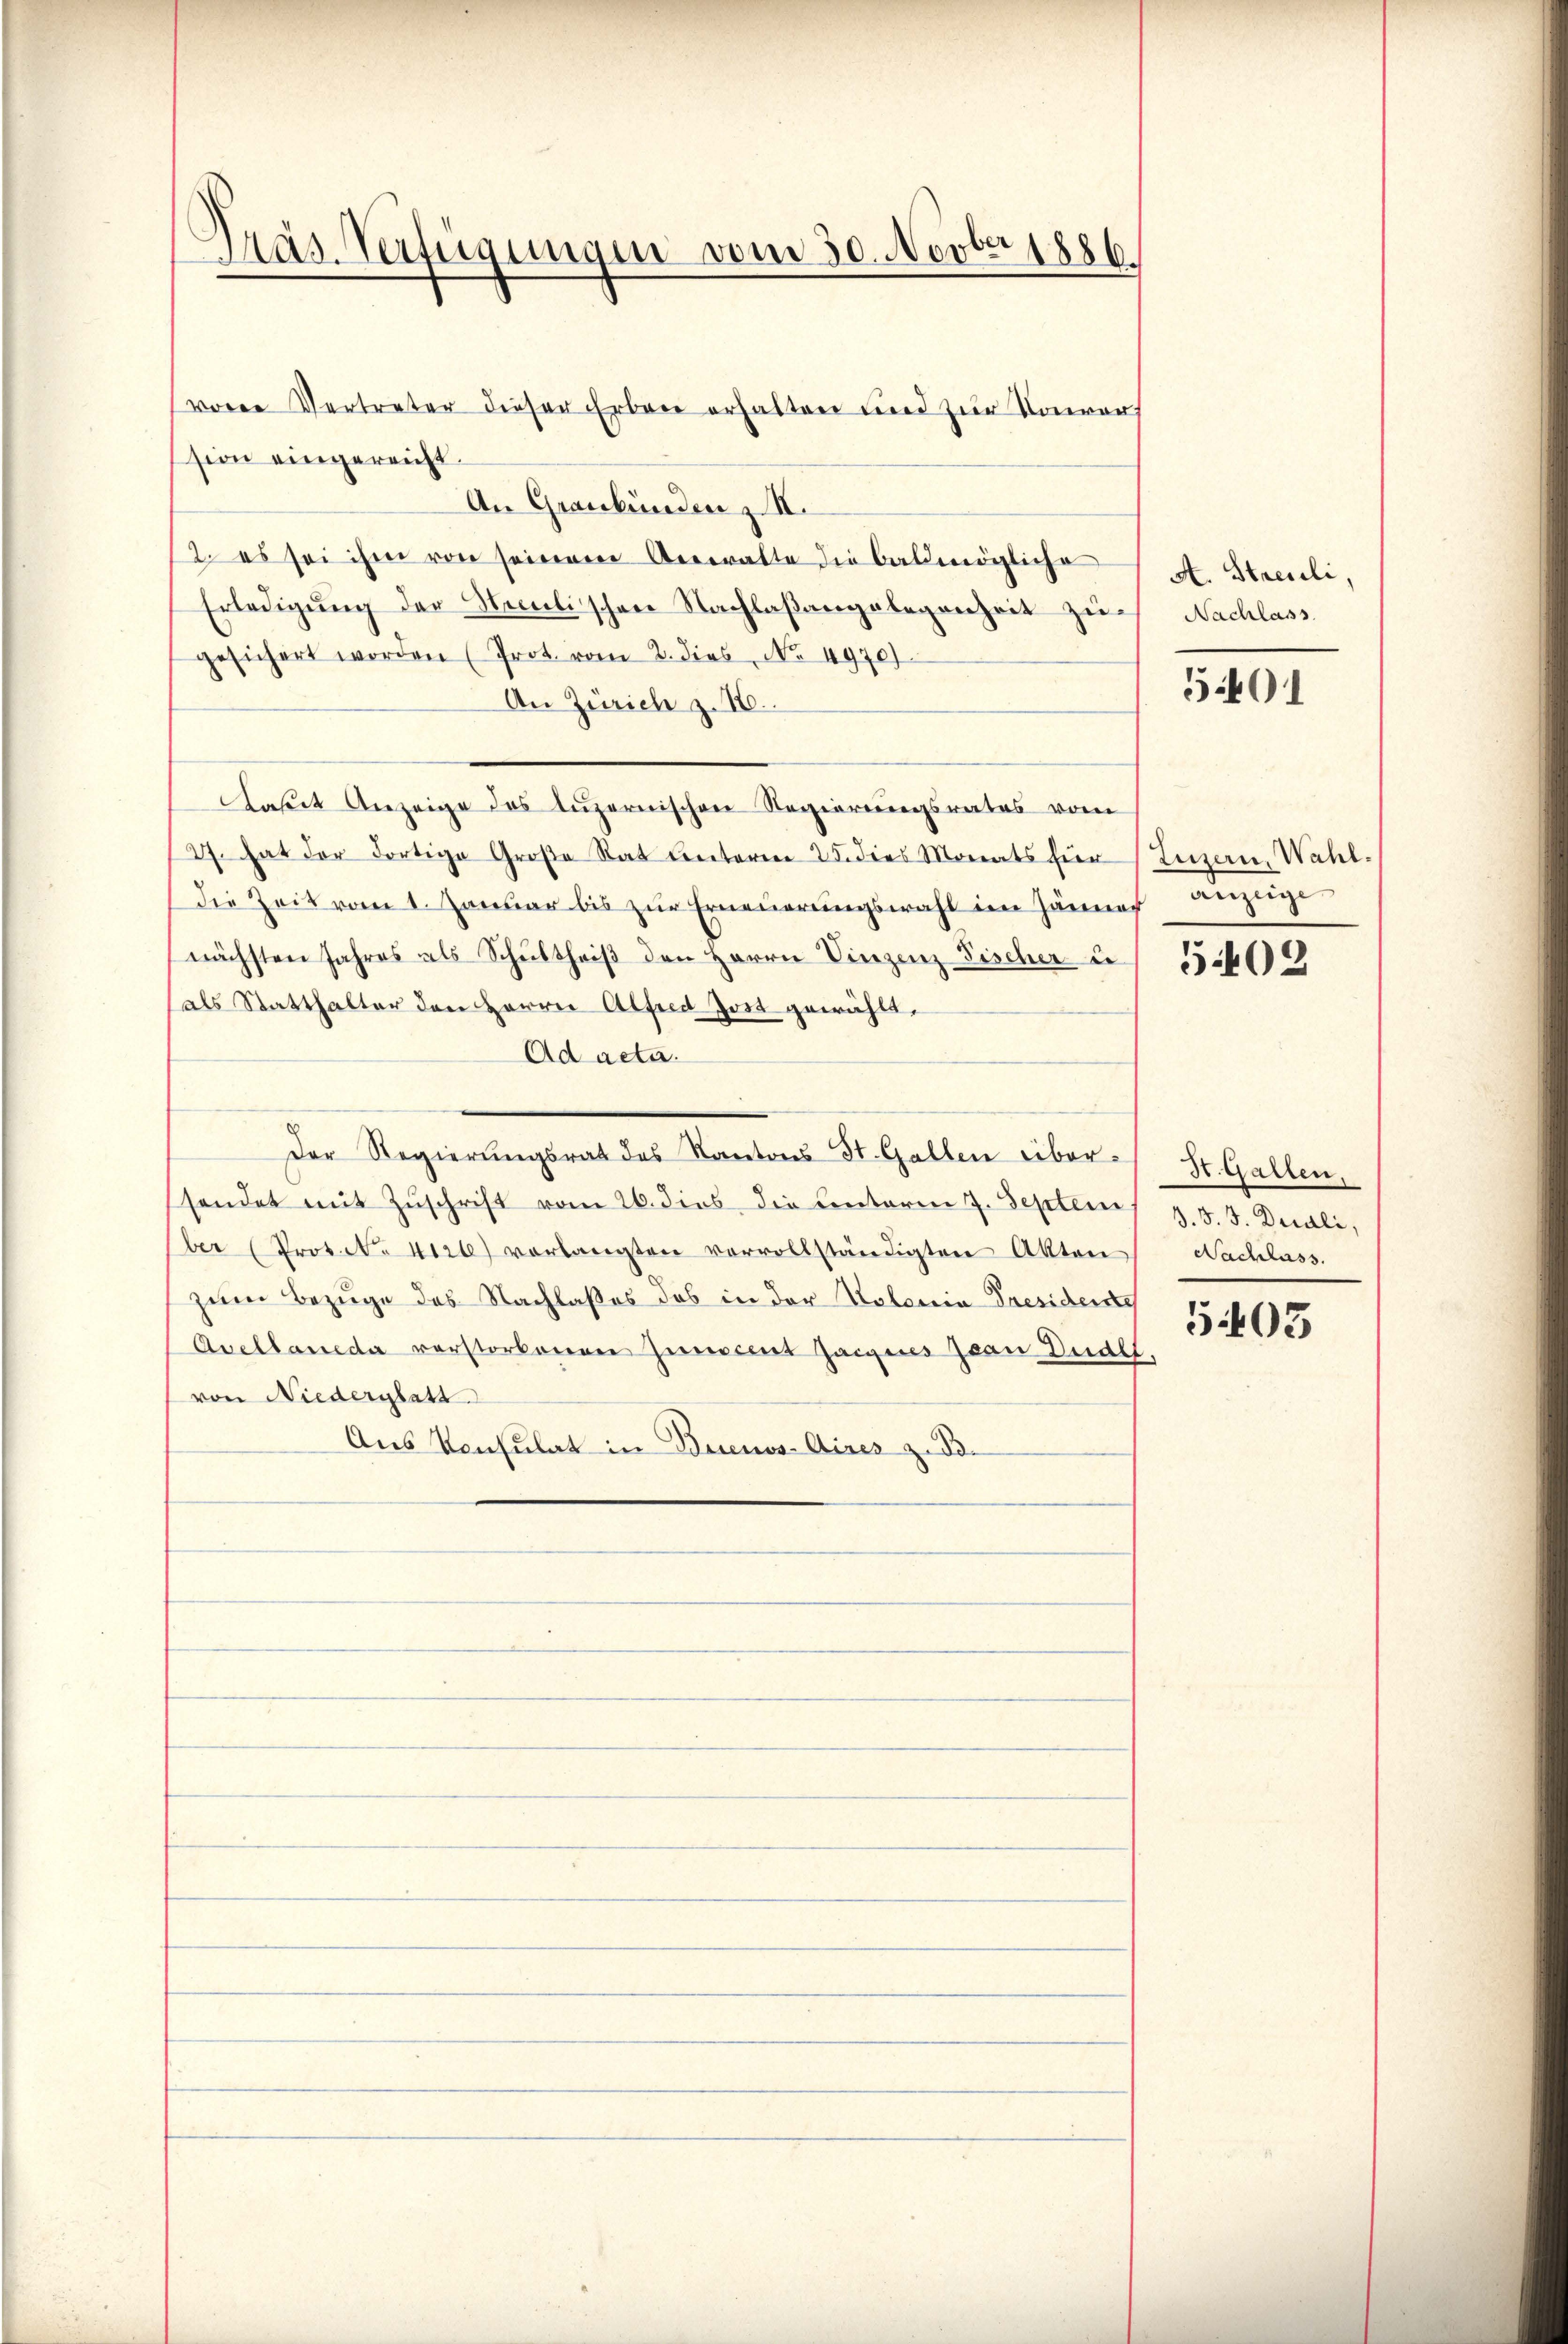
Präs. Verfügungen vom 30. Novber 1886.

sion eingereicht.
An Graubünden z II.
2. es sei ihm von seinem Antratte die baldmögliche
Erledigŭng der Seelischen Nachlaßangelegenheit zu Nachlass
gesichert worden (Prot. vom 2. dies, No. 4970)
An Zürich z. 16.
Daseit Anzeige des Luzernischen Regierungsrates vom
(27. hat der dortige Große Rat unterm 25. dies Monats für Luzern, Wahl¬
Die Zeit vom 1. Januar bis zur Erneuerungswahl im Jänner anzuge
nächsten Jahres als Schultheiß den Herrn Vinzenz Fischer i
als Statthalter den Herrn Alfred Jost gewählt.
Ad acta.
Der Regierungsrat des Kantons St. Gallen über-
sendet mit Zŭschrift vom 26. dies die Centerm 7. Septem
ber (Prot. No 46) verlangten vervollständigten Akten
zum Bezuge des Nachlaßes das in der Notaria Tresidente
Acellaneda verstorbenen Zinocent Jaigenes Ivan Dudll.
von Niederglatt
Aus Konsulat in Buenos-Aires z. B.

voren Vertreter dieser Erbene erhalten und zur Vorworf

A. Streuli,

5401

502

St. Gallen.
3. d. J. Durali,
Nachlass.

503